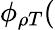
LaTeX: \phi_{\rho T}(